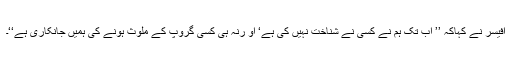
افیسر نے کہاکہ ’’ اب تک ہم نے کسی نے شناخت نہیں کی ہے‘ او رنہ ہی کسی گروپ کے ملوث ہونے کی ہمیں جانکاری ہے‘‘۔